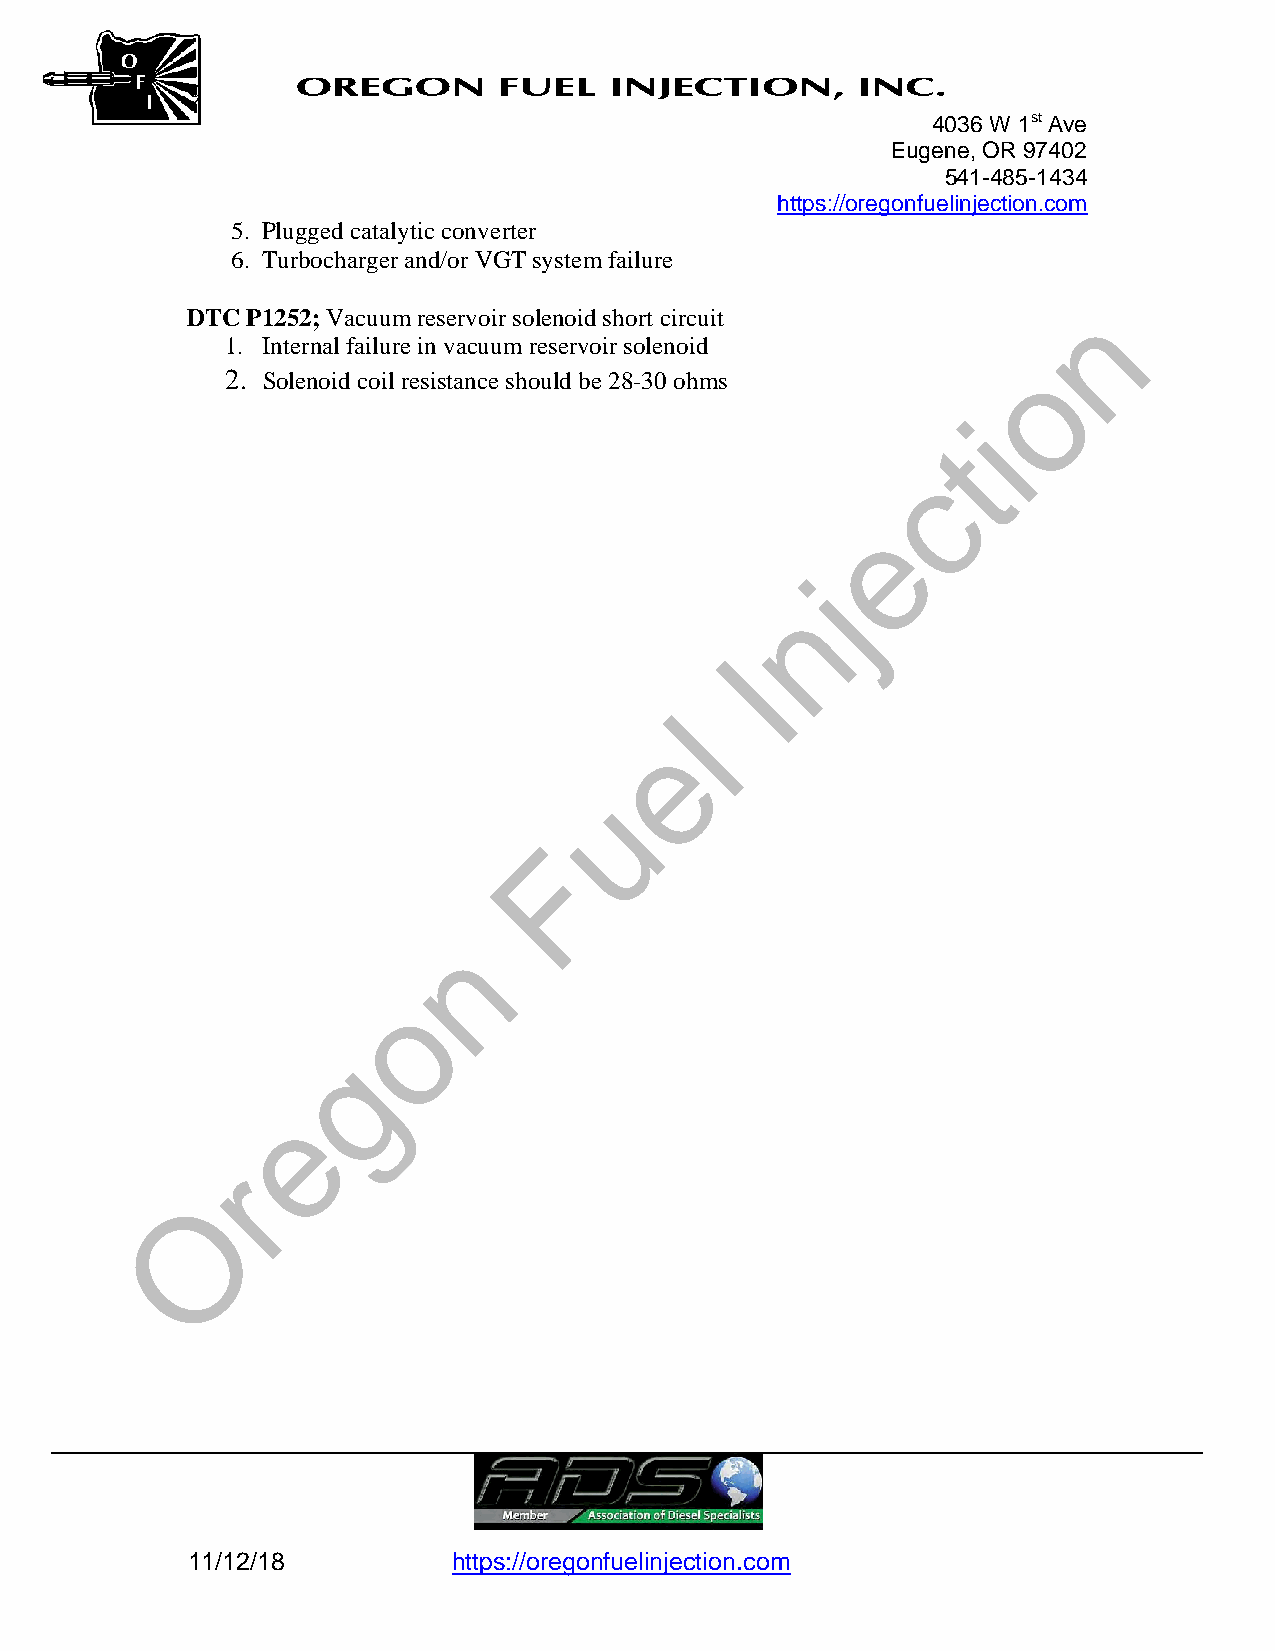

 4036 W 1st Ave
 Eugene, OR 97402
 541-485-1434
 https://oregonfuelinjection.com
 5. Plugged catalytic converter
 6. Turbocharger and/or VGT system failure
 n
 DTC P1252; Vacuum reservoir solenoid short circuit
 1. Internal failure in vacuum reservoir solenoid
 o
  Solenoid coil resistance should be 28-30 ohms
                                                    i
 t
 c
 e
 j
 n
 I
 l
 e
 u
 F
 n
 o
 g
 e
 r
 O
 
 11/12/18          https://oregonfuelinjection.com